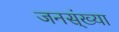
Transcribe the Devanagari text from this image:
जनस्ंख्या